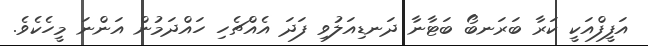
އަފީފްއަކީ ކަރާ ބަރަނބޯ ބަޓާނާ ދަނޑިއަލުވި ފަދަ އެއްޗެހި ހައްްދަމުން އަންނަ މީހެކެވެ.